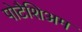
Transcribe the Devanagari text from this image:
पोटैशिअम